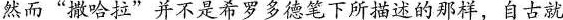
然而”撒哈拉”并不是希罗多德笔下所描述的那样，自古就